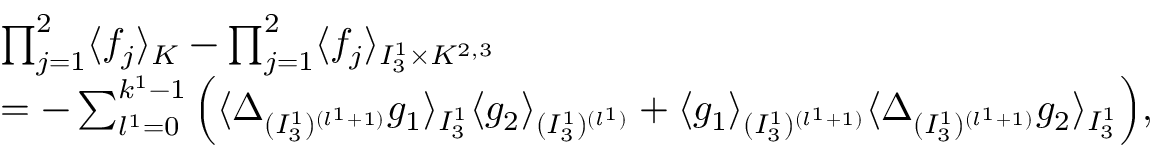
\begin{array} { r l } & { \prod _ { j = 1 } ^ { 2 } \langle f _ { j } \rangle _ { K } - \prod _ { j = 1 } ^ { 2 } \langle f _ { j } \rangle _ { I _ { 3 } ^ { 1 } \times K ^ { 2 , 3 } } } \\ & { = - \sum _ { l ^ { 1 } = 0 } ^ { k ^ { 1 } - 1 } \Big ( \langle \Delta _ { ( I _ { 3 } ^ { 1 } ) ^ { ( l ^ { 1 } + 1 ) } } g _ { 1 } \rangle _ { I _ { 3 } ^ { 1 } } \langle g _ { 2 } \rangle _ { ( I _ { 3 } ^ { 1 } ) ^ { ( l ^ { 1 } ) } } + \langle g _ { 1 } \rangle _ { ( I _ { 3 } ^ { 1 } ) ^ { ( l ^ { 1 } + 1 ) } } \langle \Delta _ { ( I _ { 3 } ^ { 1 } ) ^ { ( l ^ { 1 } + 1 ) } } g _ { 2 } \rangle _ { I _ { 3 } ^ { 1 } } \Big ) , } \end{array}